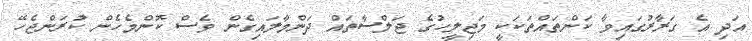
އަދި އެ ގަރާރުގައިވާ ކަންތައްތަކަކީ މަޖިލީހުގެ ޖަލްސާތައް ދަންމާލައިގެން ވެސް ކޮންމެހެން ކުރަންޖެހޭ